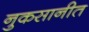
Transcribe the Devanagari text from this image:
नुकसानीत